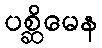
ပစ္ဆိမေန